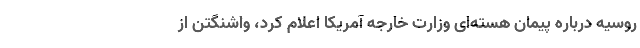
روسیه درباره پیمان هسته‌ای وزارت خارجه آمریکا اعلام کرد، واشنگتن از